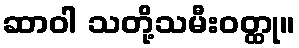
ဆာဝါ သတို့သမီးဝတ္ထု။